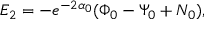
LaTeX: E _ { 2 } = - e ^ { - 2 \alpha _ { 0 } } ( \Phi _ { 0 } - \Psi _ { 0 } + N _ { 0 } ) ,